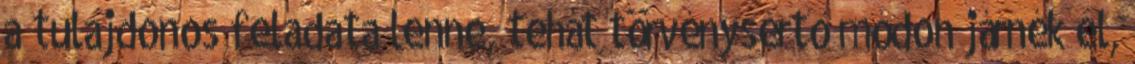
a tulajdonos feladata lenne, tehát törvénysértő módon járnék el,